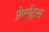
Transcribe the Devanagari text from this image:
फ्रेग्मेंट्स